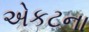
એકટના